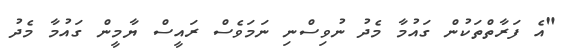
"އެ ފަރާތްތަކުން ގައުމާ މެދު ނުވިސްނި ނަމަވެސް ރައީސް ޔާމީން ގައުމާ މެދު